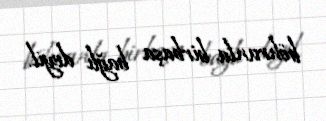
böhranla birbaşa bağlı deyil.